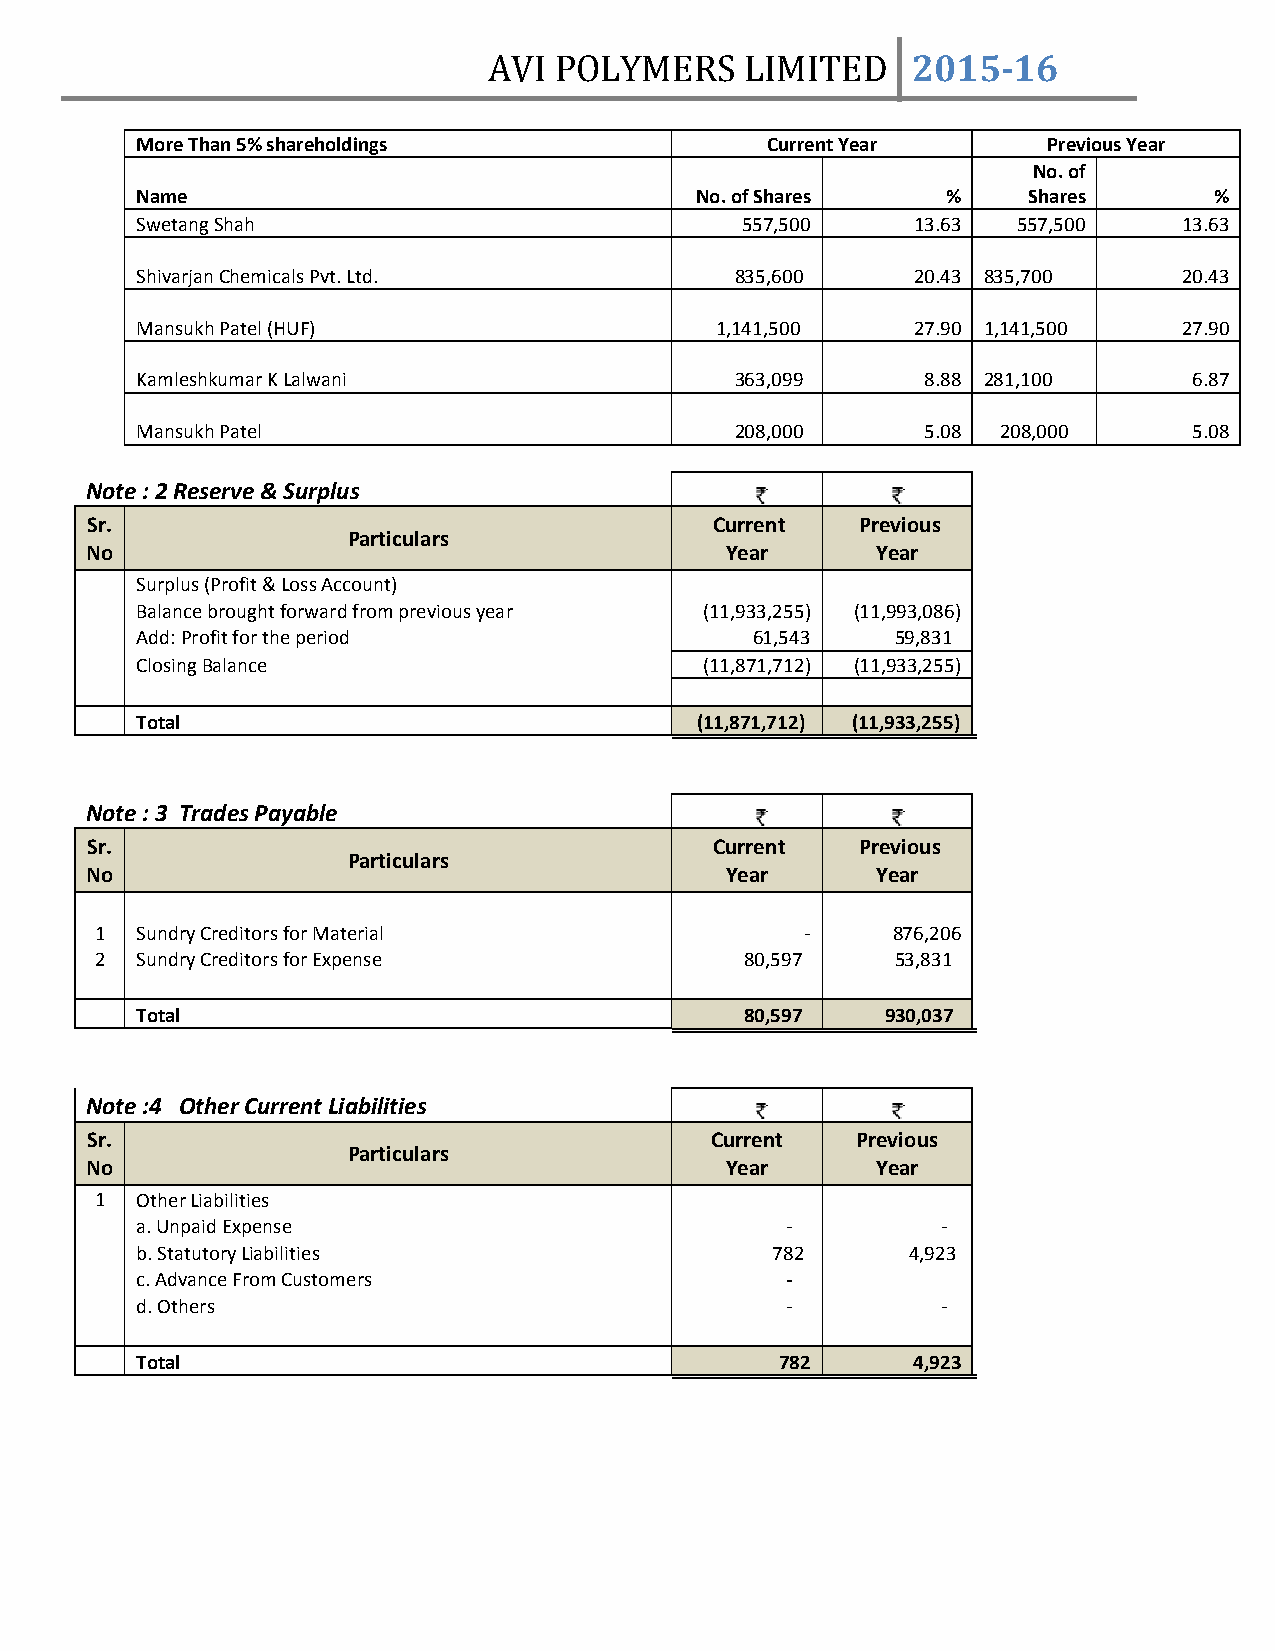
AVI  POLYMERS    LIMITED    2015­16
 More Than 5% shareholdings                Current Year      Previous Year
 No. of
 Name                                 No. of Shares    %    Shares      %
 Swetang Shah                            557,500    13.63  557,500    13.63
 Shivarjan Chemicals Pvt. Ltd.           835,600    20.43 835,700     20.43
 Mansukh Patel (HUF)                   1,141,500    27.90 1,141,500   27.90
 Kamleshkumar K Lalwani                  363,099     8.88 281,100      6.87
 Mansukh Patel                           208,000     5.08 208,000      5.08
 Note : 2 Reserve & Surplus
 Sr.                                      Current   Previous
 Particulars
 No                                        Year      Year
 Surplus (Profit & Loss Account)
 Balance brought forward from previous year (11,933,255) (11,993,086)
 Add: Profit for the period               61,543   59,831
 Closing Balance                       (11,871,712) (11,933,255)
 Total                                (11,871,712) (11,933,255)
 Note : 3 Trades Payable
 Sr.                                      Current   Previous
 Particulars
 No                                        Year      Year
 1  Sundry Creditors for Material               ‐     876,206
 2  Sundry Creditors for Expense            80,597    53,831
 Total                                   80,597    930,037
 Note :4 Other Current Liabilities
 Sr.                                      Current   Previous
 Particulars
 No                                        Year      Year
 1  Other Liabilities
 a. Unpaid Expense                          ‐         ‐
 b. Statutory Liabilities                  782      4,923
 c. Advance From Customers                  ‐
 d. Others                                  ‐         ‐
 Total                                      782     4,923